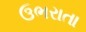
ઉભરાતા